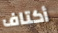
أكتاف